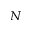
_ { N }